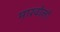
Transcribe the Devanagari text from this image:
मारवोलो